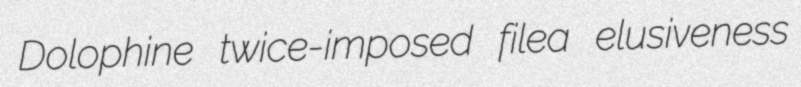
Dolophine twice-imposed filea elusiveness